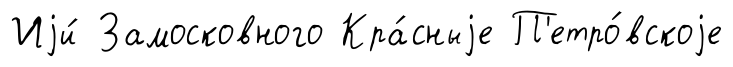
Иjи́ Замосковного Кра́сныjе П'етро́вскоjе